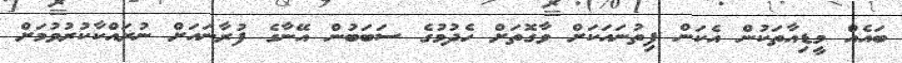
ބައެއް މީޑިއާތަކުން އެކަން ފިތުނައަކަށް ވާގޮތަށް ހެދުމުގެ ސަބަބުން އޭނާގެ ފުރާނައަށް ނުރައްކާކުރުވުމަށް